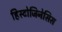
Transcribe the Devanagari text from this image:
हिस्टोजिनेसिस